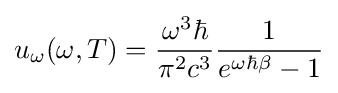
u_{\omega }(\omega ,T)={\frac {\omega ^{3}\hbar }{\pi ^{2}c^{3}}}{\frac {1}{e^{\omega \hbar \beta }-1}}